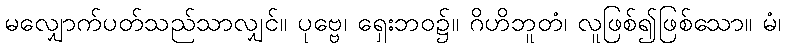
မလျှောက်ပတ်သည်သာလျှင်။ ပုဗ္ဗေ၊ ရှေးဘဝ၌။ ဂိဟိဘူတံ၊ လူဖြစ်၍ဖြစ်သော။ မံ၊